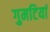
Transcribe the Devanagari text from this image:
गुमटियां